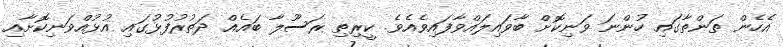
އެހެން ތަންތާގައި ހުންނަ ވަނިކޮށް ބާވައިލައްވާފައިވެއެވެ. ކީރިތި ރަސޫލާ ބައެއް ދަތުރުފުޅުގައި އުޅުއްވަނިކޮށާއި